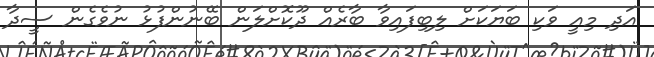
އަދި މިއީ ވަކި ބަޔަކަށް ލިބިފައިވާ ބާރެއް ދޫކޮށްލަން ބޭނުންފުޅު ނުވެގެން ސީދާ